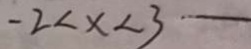
- 2 < x < 3